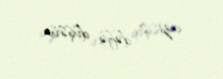
azı 2 dəfə düşsün.